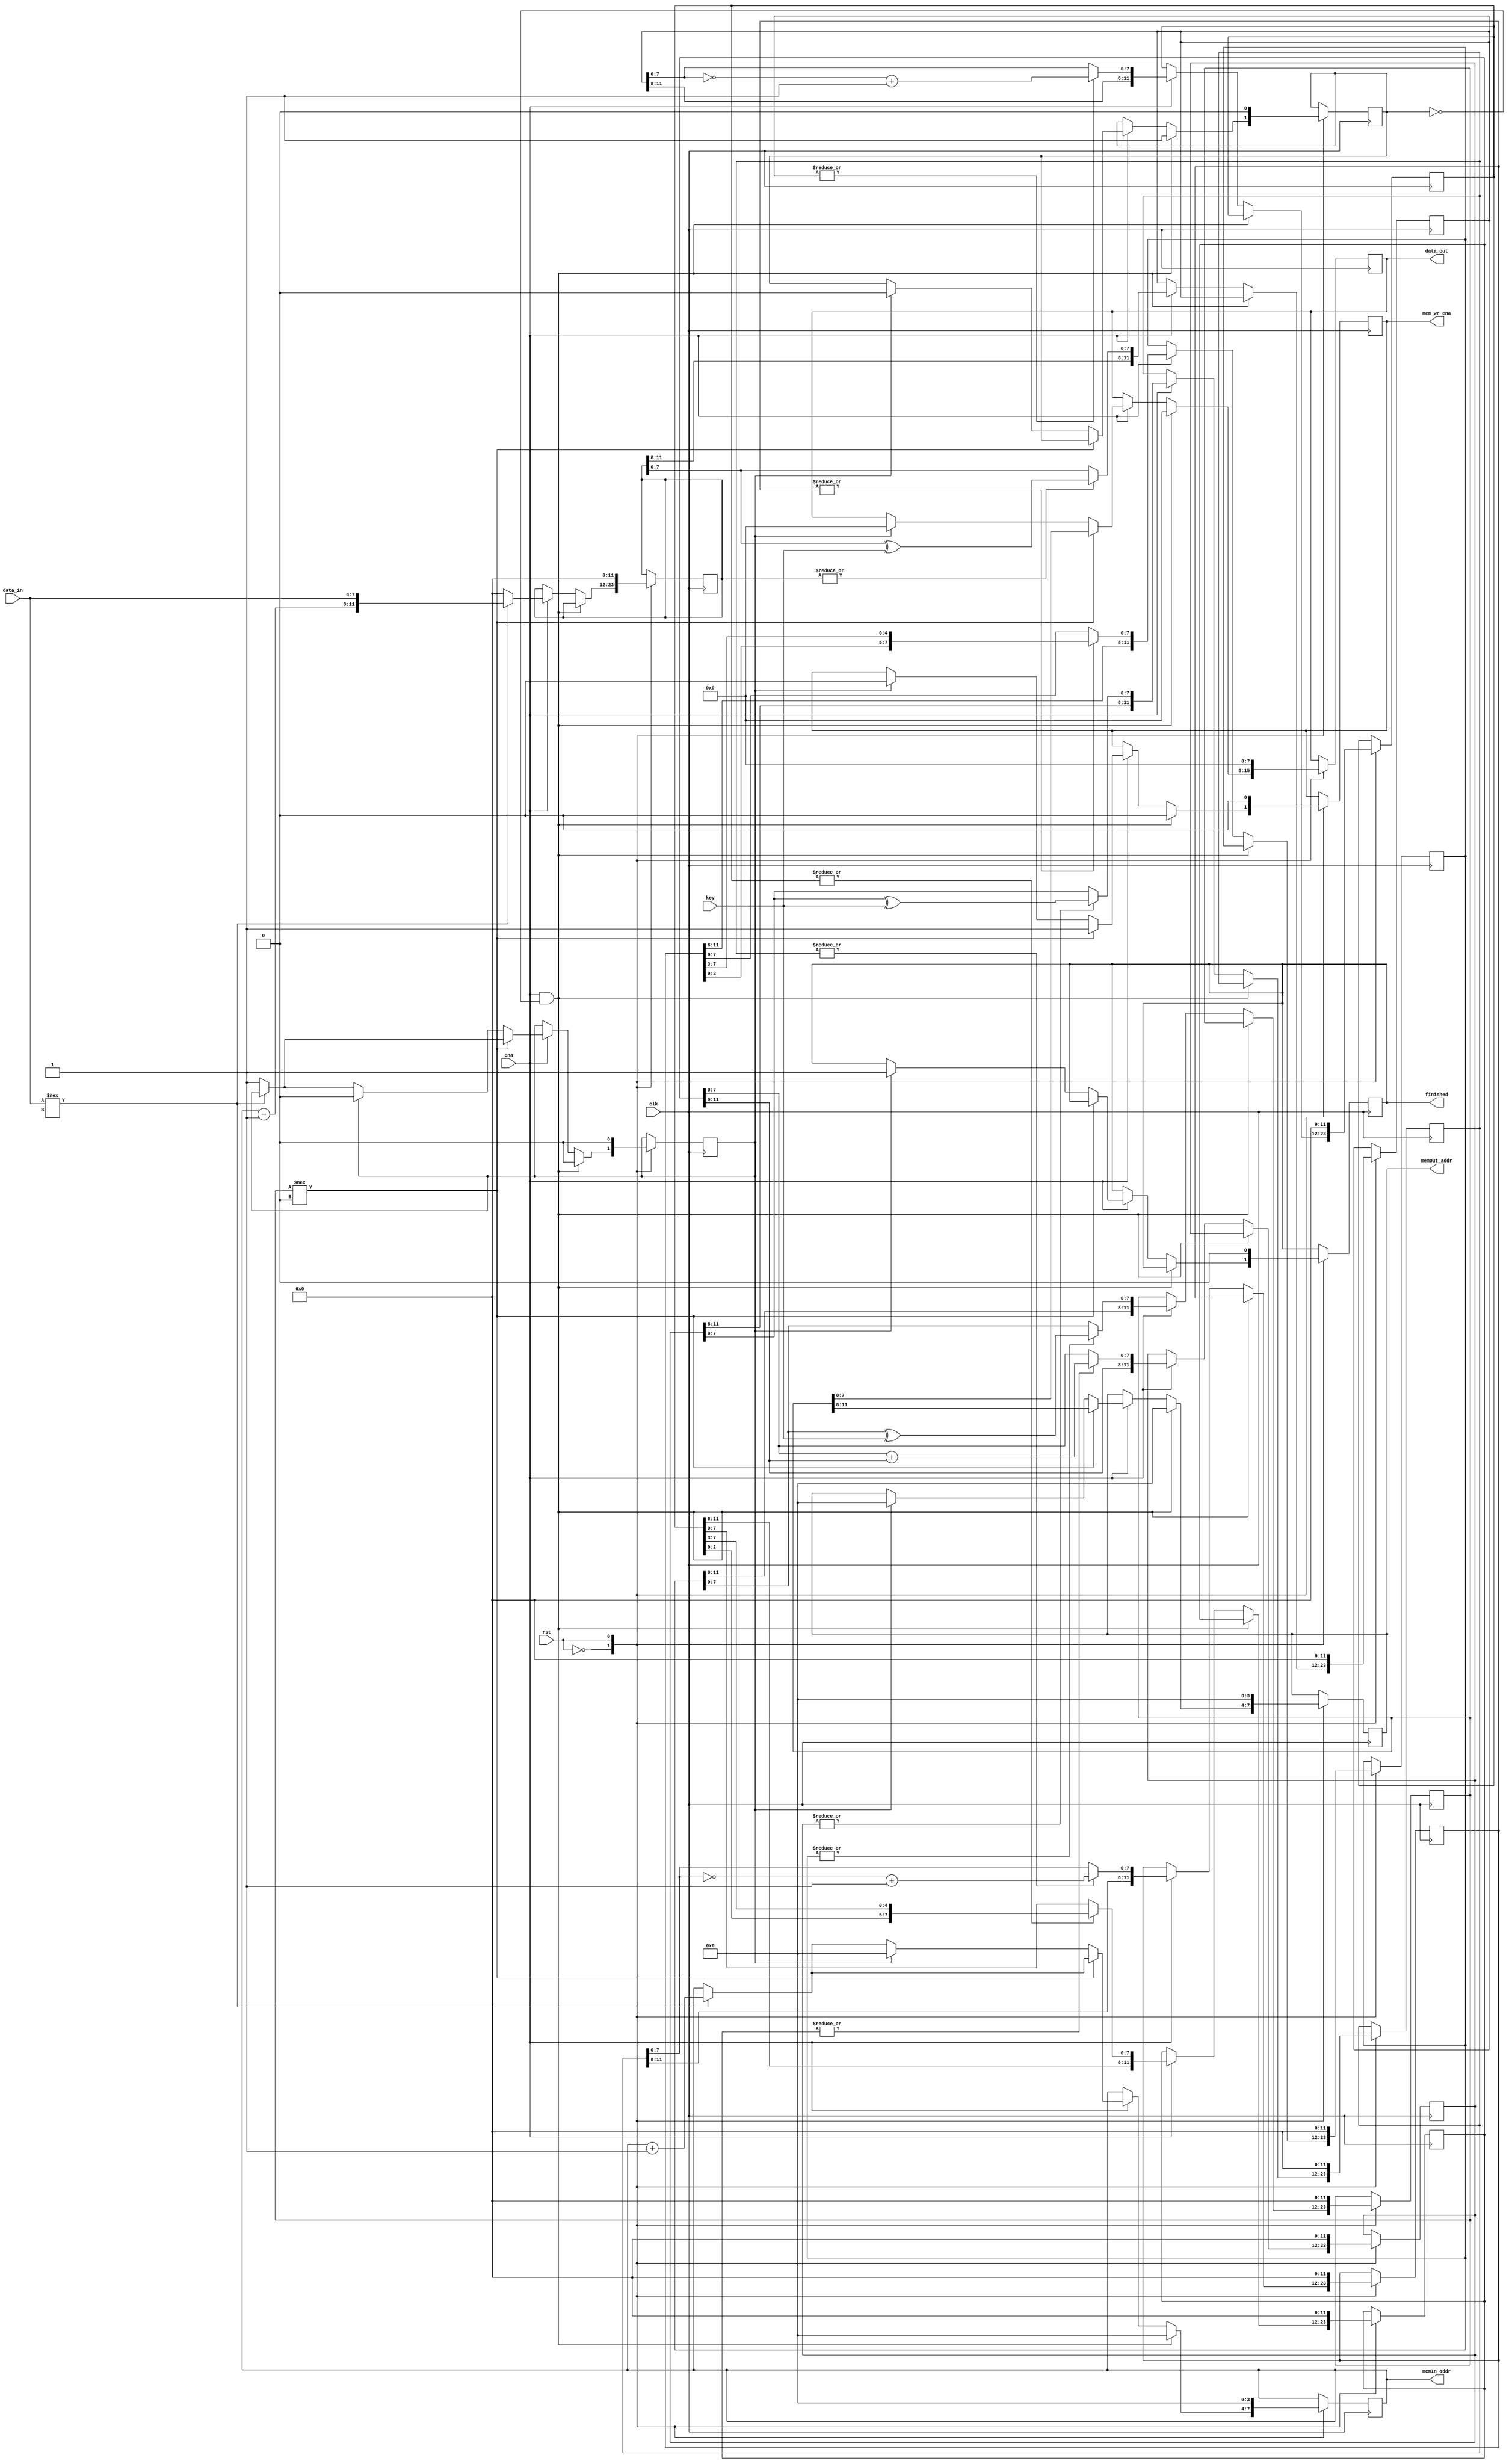
module Encryption
  #(
      parameter ADDR_WIDTH = 4,
      parameter DATA_WIDTH = 8,
      parameter MEM_DEPTH = 64
  )(
//------------Input Ports------------
  input clk,
  input rst,
  input ena,
  input[DATA_WIDTH-1:0] key,
  input[DATA_WIDTH-1:0] data_in,
//------------Output Ports-----------
  output reg finished,
  output reg mem_wr_ena,
  output reg[ADDR_WIDTH-1:0] memIn_addr,
  output reg[ADDR_WIDTH-1:0] memOut_addr,
  output reg[DATA_WIDTH-1:0] data_out
  );
  parameter shift = DATA_WIDTH/2;//swap by nibbles instead of shift by address since Range must be bounded by constant expressions.
// ------------- Regs/ wires -----------
  //internal memory for encryption
  //store address then data in a memory module instead of seperate busses to keep design tidy and easier to follow
  parameter MEM_WIDTH = ADDR_WIDTH+DATA_WIDTH; 
  reg [MEM_WIDTH-1:0] mem [0:8];
  reg start;//need to be used to make sure initial statements are correct
  reg done;//needs to know when data becomes irrelevant and can stop hardware
  always@(posedge clk)
  begin:Main_Module
    case(rst)
    1'b0:
    if(ena==1'b1 && start==1'b0)begin
      start <= 1'b1;
      done <= 1'b0;
      memIn_addr <= {ADDR_WIDTH{1'b0}};
      memOut_addr <= {ADDR_WIDTH{1'b0}};
      data_out <= {DATA_WIDTH{1'b0}};
      mem_wr_ena <= 1'b0;
    end else 
    if(ena==1'b1) begin:Encryption
        begin:Stage_FetchData
          if(data_in!=={DATA_WIDTH{1'bx}})begin//bad practice but good assumption
            mem[0] <= {memIn_addr-1,data_in};//decrement address since process happens one clock cycle in the future
            memIn_addr <= memIn_addr+1;//increment m  ram address
          end else begin
            done <= 1'b1;
            mem[0] <= {MEM_WIDTH{1'b0}};
          end
        end
        begin:Stage0_Stage4_Stage7_AddRoundKey//XOR with pin append address to the end
              
              mem[1] <= |mem[0]==1'b0 ? mem[0] : {mem[0][ADDR_WIDTH+DATA_WIDTH-1:DATA_WIDTH],
                                                  mem[0][DATA_WIDTH-1:0] ^ key};
            
              mem[5] <= |mem[4]==1'b0 ? mem[4] : {mem[4][ADDR_WIDTH+DATA_WIDTH-1:DATA_WIDTH],
                                                  mem[4][DATA_WIDTH-1:0] ^ key};  
                                                 
              mem[8] <= |mem[7]==1'b0 ? mem[7] : {mem[7][ADDR_WIDTH+DATA_WIDTH-1:DATA_WIDTH],
                                                  mem[7][DATA_WIDTH-1:0] ^ key};
        end
        begin:Stage1_Stage5_SubBytes//Replace each byte according to loopup table
          //Due to complexity and time constraint instead use 2's compliment      
             mem[2] <= |mem[1]==1'b0 ? mem[1] : {mem[1][ADDR_WIDTH+DATA_WIDTH-1:DATA_WIDTH],
                                                 ~mem[1][DATA_WIDTH-1:0]+1'b1};
                   
             mem[6] <= |mem[5]==1'b0 ? mem[5] : {mem[5][ADDR_WIDTH+DATA_WIDTH-1:DATA_WIDTH],
                                                ~mem[5][DATA_WIDTH-1:0]+1'b1};
        end
        begin:Stage2_Stage6_ShiftRows
             mem[3] <= |mem[2]==1'b0 ? mem[2] : {mem[2][ADDR_WIDTH+DATA_WIDTH-1:DATA_WIDTH],
                        mem[2][DATA_WIDTH-1-shift-1:0],mem[2][DATA_WIDTH-1:DATA_WIDTH-1-shift]};//<<mem[2][ADDR_WIDTH+DATA_WIDTH-1:DATA_WIDTH]};
                                                 
             mem[7] <= |mem[6]==1'b0 ? mem[6] : {mem[6][ADDR_WIDTH+DATA_WIDTH-1:DATA_WIDTH],
                        mem[6][DATA_WIDTH-1-shift-1:0],mem[6][DATA_WIDTH-1:DATA_WIDTH-1-shift]};//<<mem[6][ADDR_WIDTH+DATA_WIDTH-1:DATA_WIDTH]};
        end
        begin:Stage3_MixColumns//multMatrix by a set amount...this section is not implimented correctly
        //due to time constraints data data by address
             mem[4] <= |mem[3]==1'b0 ? mem[3] : {mem[3][ADDR_WIDTH+DATA_WIDTH-1:DATA_WIDTH],
                         mem[3][DATA_WIDTH-1:0]+mem[3][ADDR_WIDTH+DATA_WIDTH-1:DATA_WIDTH]};
        end
        begin:Stage8_Push_Data//if Performing Bitwise & on all bits doesn't return 0 or 1 then no more data needs to be processed
          //placing & infront of a signal performs the AND operator on all bits
          if(mem[8]!=={MEM_WIDTH{1'b0}})begin
            mem_wr_ena  <= 1'b1;
            memOut_addr <= mem[8][ADDR_WIDTH+DATA_WIDTH-1:DATA_WIDTH];
            data_out    <= mem[8][DATA_WIDTH-1:0]; 
          end
          else if (done==1'b1) begin
            finished <= 1'b1;
            start <=1'b0;
            done <= 1'b0;
            mem_wr_ena <= 1'b0;
            memIn_addr <= {ADDR_WIDTH{1'b0}};
            memOut_addr <= {ADDR_WIDTH{1'b0}};
            data_out <= {DATA_WIDTH{1'b0}};
            $display("Encryption Completed");
          end 
        end
    end    
    1'b1: 
    begin:Reset    
      start <=1'b0;
      done <= 1'b0;
      finished <= 1'b0;  
      mem_wr_ena <= 1'b0;
      memIn_addr <= {ADDR_WIDTH{1'b0}};   
      memOut_addr <= {ADDR_WIDTH{1'b0}};
      data_out <= {DATA_WIDTH{1'b0}};
      mem[0] <= {MEM_WIDTH{1'b0}};
      mem[1] <= {MEM_WIDTH{1'b0}};
      mem[2] <= {MEM_WIDTH{1'b0}};
      mem[3] <= {MEM_WIDTH{1'b0}};
      mem[4] <= {MEM_WIDTH{1'b0}};
      mem[5] <= {MEM_WIDTH{1'b0}};
      mem[6] <= {MEM_WIDTH{1'b0}};
      mem[7] <= {MEM_WIDTH{1'b0}};
      mem[8] <= {MEM_WIDTH{1'b0}};
    end
    endcase
  end
endmodule